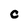
Character: C